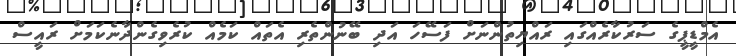
އެމްޑީޕީގެ ސަރުކާރެއްގައި ރައްޔިތުންނަށް ފަސޭހަ އަދި ބޭނުންތެރި އެތައް ކަމެއް ކުރެވިގެންދާނެކަމަށް ރައީސް